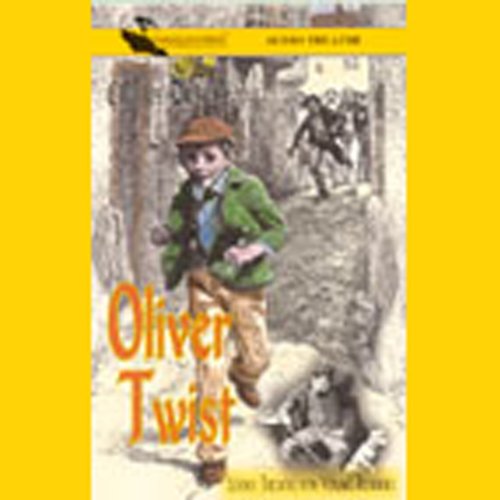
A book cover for Oliver Twist (Dramatized); Charles Dickens; Literature & Fiction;